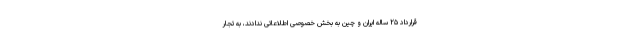
قرارداد ۲۵ ساله ایران و چین به بخش خصوصی اطلاعاتی ندادند، به تجار